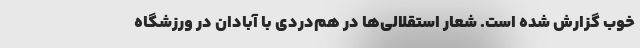
خوب گزارش شده است. شعار استقلالی‌ها در هم‌دردی با آبادان در ورزشگاه